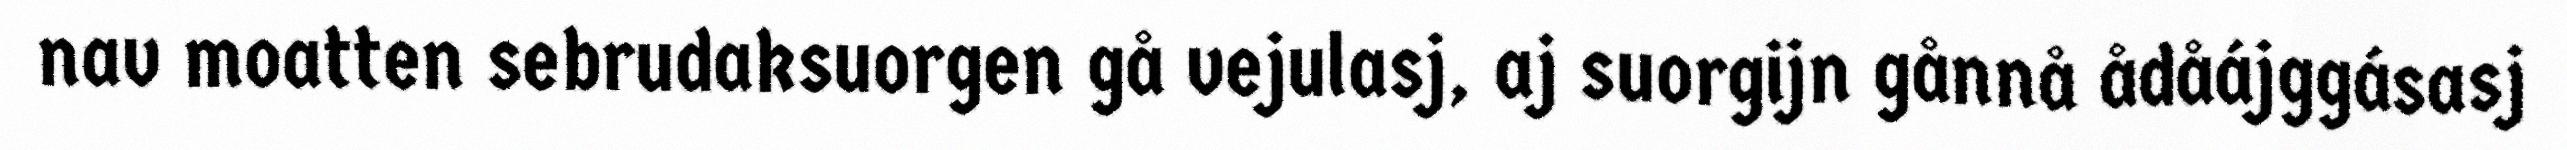
nav moatten sebrudaksuorgen gå vejulasj, aj suorgijn gånnå ådåájggásasj